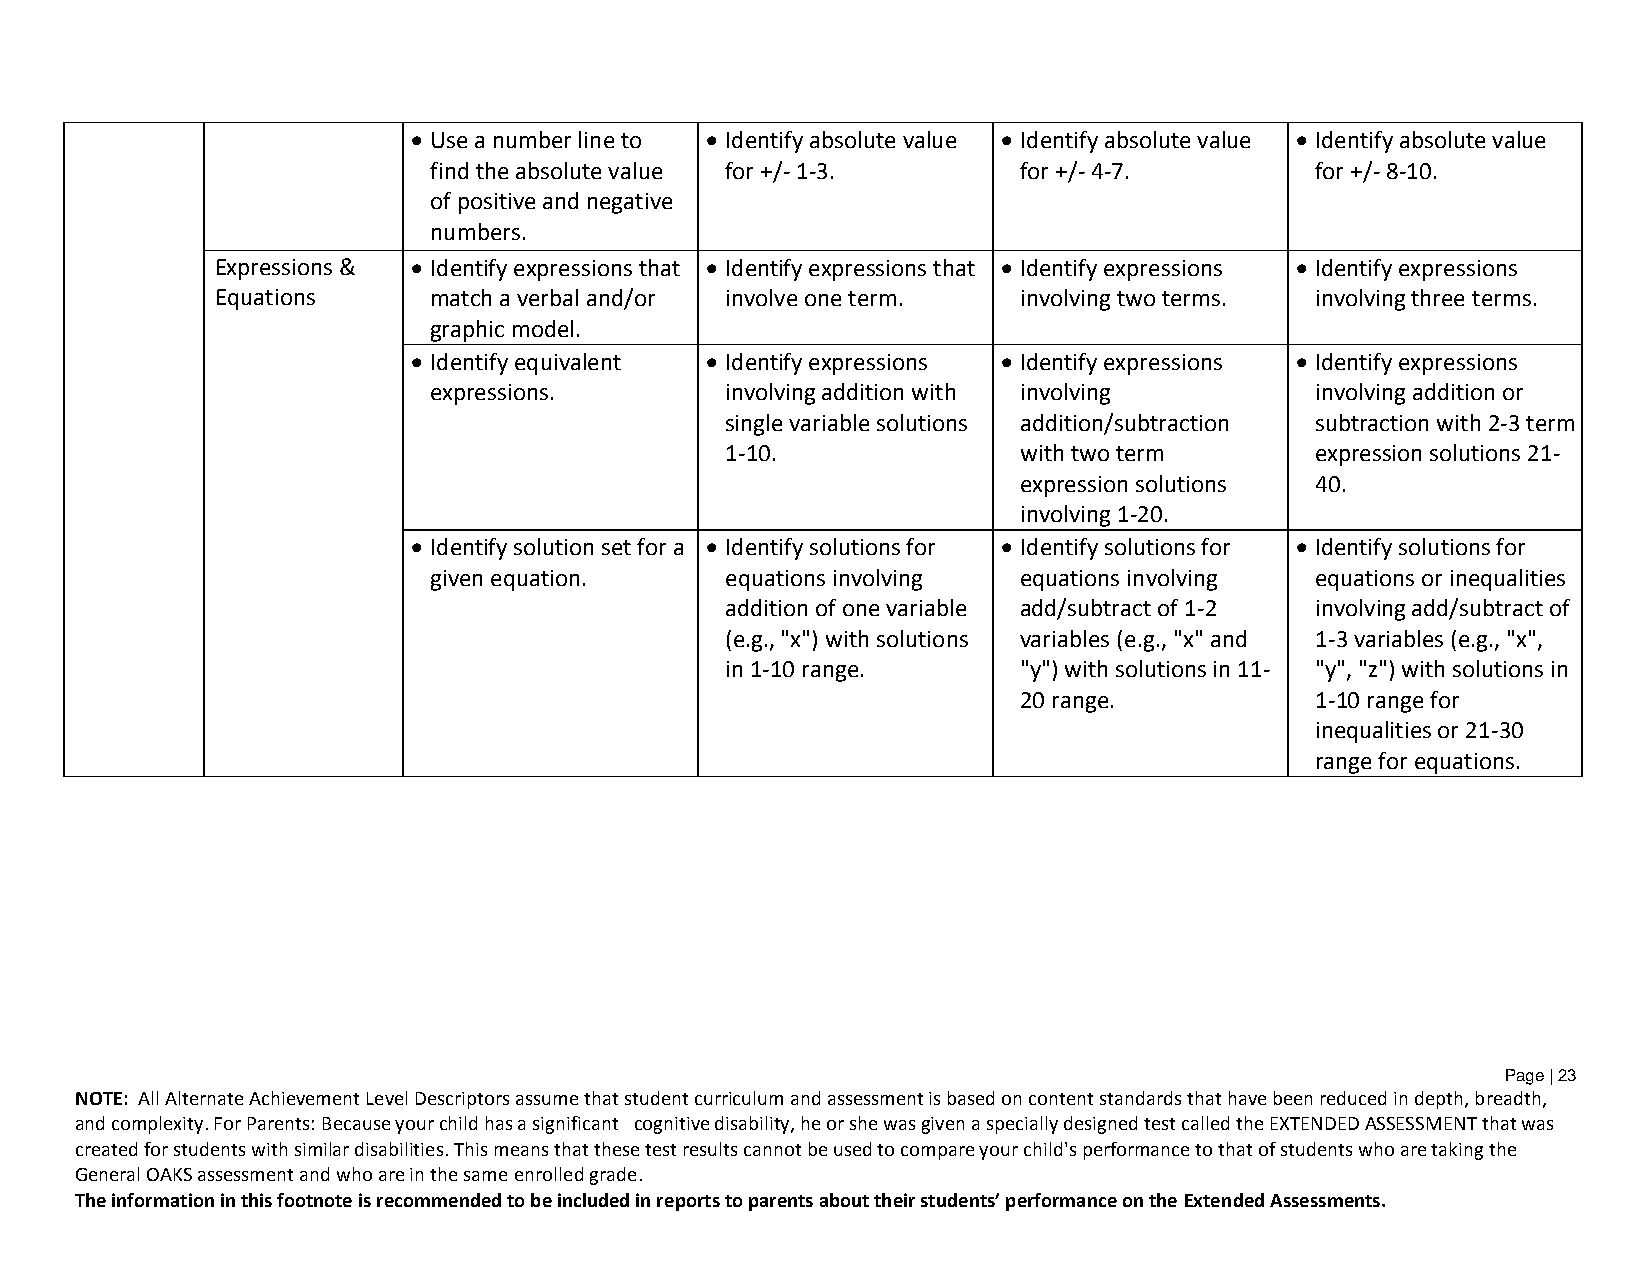
 Use a number line to  Identify absolute value  Identify absolute value  Identify absolute value
 find the absolute value for +/- 1-3.   for +/- 4-7.        for +/- 8-10.
 of positive and negative
 numbers.
 Expressions &  Identify expressions that  Identify expressions that  Identify expressions  Identify expressions
 Equations     match a verbal and/or involve one term. involving two terms. involving three terms.
 graphic model.
  Identify equivalent  Identify expressions  Identify expressions  Identify expressions
 expressions.        involving addition with involving      involving addition or
 single variable solutions addition/subtraction subtraction with 2-3 term
 1-10.              with two term       expression solutions 21-
 expression solutions 40.
 involving 1-20.
  Identify solution set for a  Identify solutions for  Identify solutions for  Identify solutions for
 given equation.     equations involving equations involving equations or inequalities
 addition of one variable add/subtract of 1-2 involving add/subtract of
 (e.g., "x") with solutions variables (e.g., "x" and 1-3 variables (e.g., "x",
 in 1-10 range.     "y") with solutions in 11- "y", "z") with solutions in
 20 range.           1-10 range for
 inequalities or 21-30
 range for equations.
 Page | 23
 NOTE: All Alternate Achievement Level Descriptors assume that student curriculum and assessment is based on content standards that have been reduced in depth, breadth,
 and complexity. For Parents: Because your child has a significant cognitive disability, he or she was given a specially designed test called the EXTENDED ASSESSMENT that was
 created for students with similar disabilities. This means that these test results cannot be used to compare your child's performance to that of students who are taking the
 General OAKS assessment and who are in the same enrolled grade.
 The information in this footnote is recommended to be included in reports to parents about their students’ performance on the Extended Assessments.